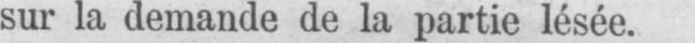
sur la demande de la partie lésée.